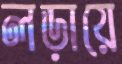
লড়ায়ে